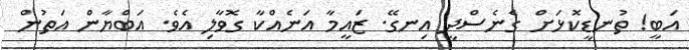
އަބީ! ތުނޑީކޮޅަށް ގެނެސްދީ އިނގޭ. ޒައީމާ އަނެއްކާ ގޮވާލި އެވެ. އަބްޔާން އަތުން